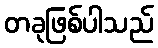
တခုဖြစ်ပါသည်